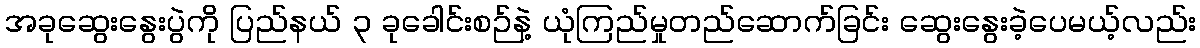
အခုဆွေးနွေးပွဲကို ပြည်နယ် ၃ ခုခေါင်းစဉ်နဲ့ ယုံကြည်မှုတည်ဆောက်ခြင်း ဆွေးနွေးခဲ့ပေမယ့်လည်း